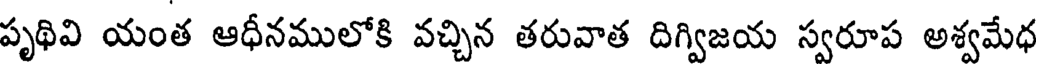
పృథివి యంత ఆధీనములోకి వచ్చిన తరువాత దిగ్విజయ స్వరూప అశ్వమేధ